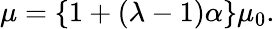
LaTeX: \begin{array}{r}{\mu=\left\{ 1+\left(\lambda-1\right)\alpha\right\} \mu_{0}.}\end{array}